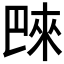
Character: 𪩭